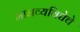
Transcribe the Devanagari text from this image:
मानव्यविद्येचे